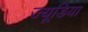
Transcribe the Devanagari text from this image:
ज्यूडिया